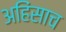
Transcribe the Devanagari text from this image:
अहिंसाच